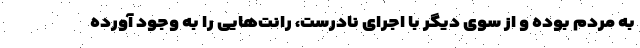
به مردم بوده و از سوی دیگر با اجرای نادرست، رانت‌هایی را به وجود آورده